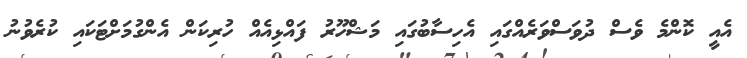
އެއީ ކޮންމެ ވެސް ދުވަސްވަރެއްގައި އެހިސާބުގައި މަޝްހޫރު ފައްޅިއެއް ހުރިކަން އެންގުމަށްޓަކައި ކުރެވުނު